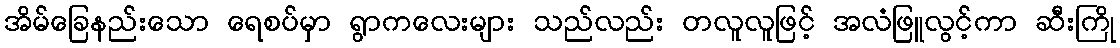
အိမ်ခြေနည်းသော ရေစပ်မှာ ရွာကလေးများ သည်လည်း တလူလူဖြင့် အလံဖြူလွင့်ကာ ဆီးကြို